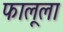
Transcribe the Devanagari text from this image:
फालूला